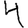
Digit: 4